Civil Veterinary Dept. Bombay admin report 1907-1913 - 1907-1913
Year: 1907
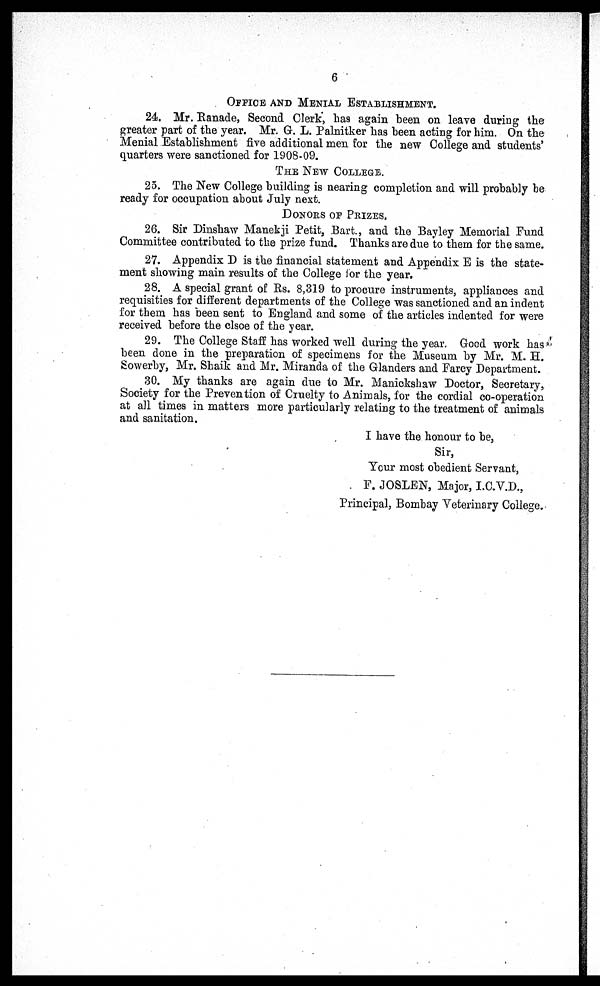
6
OFFICE AND MENIAL ESTABLISHMENT.
24. Mr. Ranade, Second Clerk, has again been on leave during the
greater part of the year. Mr. G. L. Palnitker has been acting for him. On the
Menial Establishment five additional men for the new College and students'
quarters were sanctioned for 1908-09.
THE NEW COLLEGE.
25. The New College building is nearing completion and will probably be
ready for occupation about July next.
DONORS OF PRIZES.
26. Sir Dinshaw Manekji Petit, Bart., and the Bayley Memorial Fund
Committee contributed to the prize fund. Thanks are due to them for the same.
27. Appendix D is the financial statement and Appendix E is the state-
ment showing main results of the College for the year.
28. A special grant of Rs. 8,319 to procure instruments, appliances and
requisites for different departments of the College was sanctioned and an indent
for them has been sent to England and some of the articles indented for were
received before the clsoe of the year.
29. The College Staff has worked well during the year. Good work has
been done in the preparation of specimens for the Museum by Mr. M. H.
Sowerby, Mr. Shaik and Mr. Miranda of the Glanders and Farcy Department.
30. My thanks are again due to Mr. Manickshaw Doctor, Secretary,
Society for the Prevention of Cruelty to Animals, for the cordial co-operation
at all times in matters more particularly relating to the treatment of animals
and sanitation.
I have the honour to be,
Sir,
Your most obedient Servant,
F. JOSLEN, Major, I.C.V.D.,
Principal, Bombay Veterinary College.